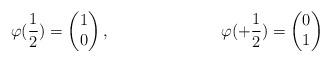
LaTeX: \begin{align*}\varphi( \frac{1}{2})&=\begin{pmatrix}1\\0\end{pmatrix},&\varphi(+\frac{1}{2}) &=\begin{pmatrix}0\\1\end{pmatrix} \end{align*}